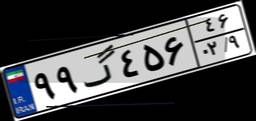
۹۹گ۴۵۶۴۶